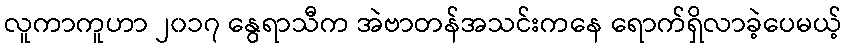
လူကာကူဟာ ၂၀၁၇ နွေရာသီက အဲဗာတန်အသင်းကနေ ရောက်ရှိလာခဲ့ပေမယ့်